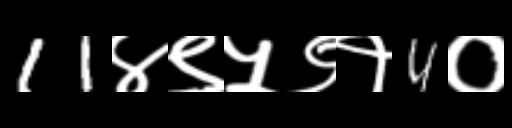
Text: 11४९५९१4०